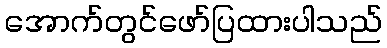
အောက်တွင်ဖော်ပြထားပါသည်